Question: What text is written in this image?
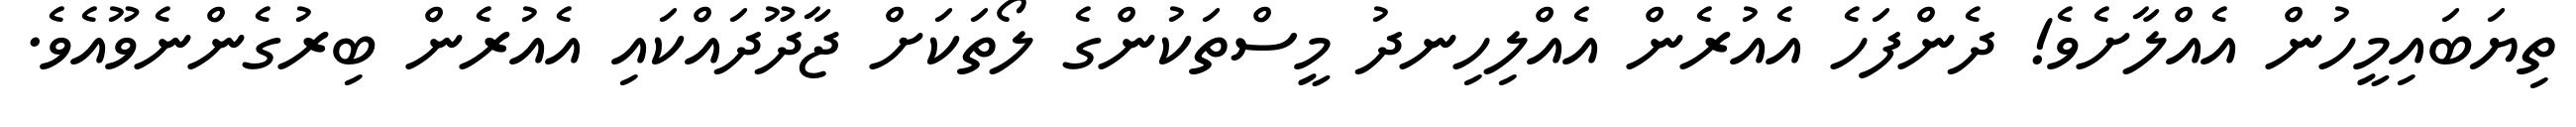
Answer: ތިޔަބައިމީހުން އެއްލާށެވެ! ދެންފަހެ އެއުރެން އެއްލިހިނދު މީސްތަކުންގެ ލޯތަކަށް ޖާދޫދައްކައި އެއުރެން ބިރުގެންނެވޫއެވެ.